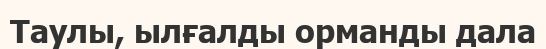
Таулы, ылғалды орманды дала